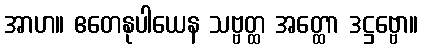
အာဟ။ ဧတေနုပါယေန သဗ္ဗတ္ထ အတ္ထော ဒဋ္ဌဗ္ဗော။